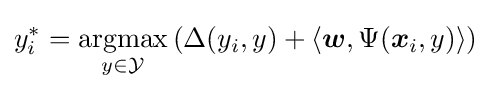
y_{i}^{*}={\underset {y\in {\mathcal {Y}}}{\textrm {argmax}}}\left(\Delta (y_{i},y)+\langle {\boldsymbol {w}},\Psi ({\boldsymbol {x}}_{i},y)\rangle \right)